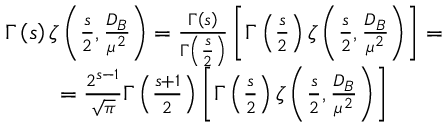
\begin{array} { c } { { \Gamma \left( s \right) \zeta \left( \frac s 2 , \frac { D _ { B } } { \mu ^ { 2 } } \right) = \frac { \Gamma \left( s \right) } { \Gamma \left( \frac s 2 \right) } \left[ \Gamma \left( \frac s 2 \right) \zeta \left( \frac s 2 , \frac { D _ { B } } { \mu ^ { 2 } } \right) \right] = } } \\ { { = \frac { 2 ^ { s - 1 } } { \sqrt { \pi } } \Gamma \left( \frac { s + 1 } 2 \right) \left[ \Gamma \left( \frac s 2 \right) \zeta \left( \frac s 2 , \frac { D _ { B } } { \mu ^ { 2 } } \right) \right] } } \end{array}